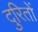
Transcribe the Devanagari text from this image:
दुरितों